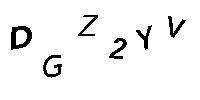
DGZ2YV